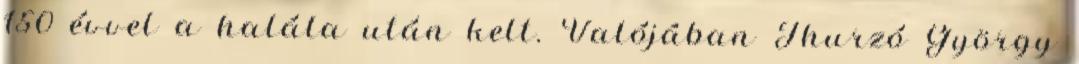
150 évvel a halála után kelt. Valójában Thurzó György